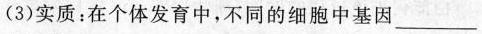
(3)实质：在个体发育中，不同的细胞中基因_.